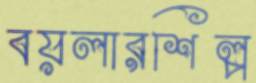
বয়লারশিল্প